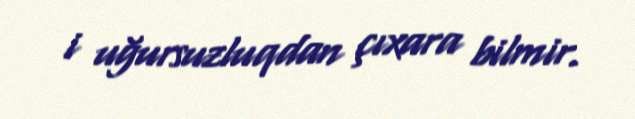
i uğursuzluqdan çıxara bilmir.